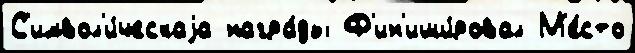
С'имвол'и́ческаjа награ́ды Ф'ин'иши́ровал М'е́сто